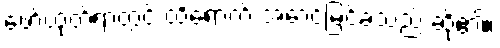
ဖော်ထုတ်ရာတွင် ထိရောက် အောင်မြင်ခဲ့သည် ဆို၏။